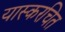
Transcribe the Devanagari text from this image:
यास्करचित